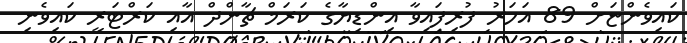
ކައިވެންޏަށް 89 އަހަރު ފުރިފައިވާ އިންޑިޔާގެ ކަރަމް ޗާންދް އާއި ކަރްޓަރީ ކައިވެނި